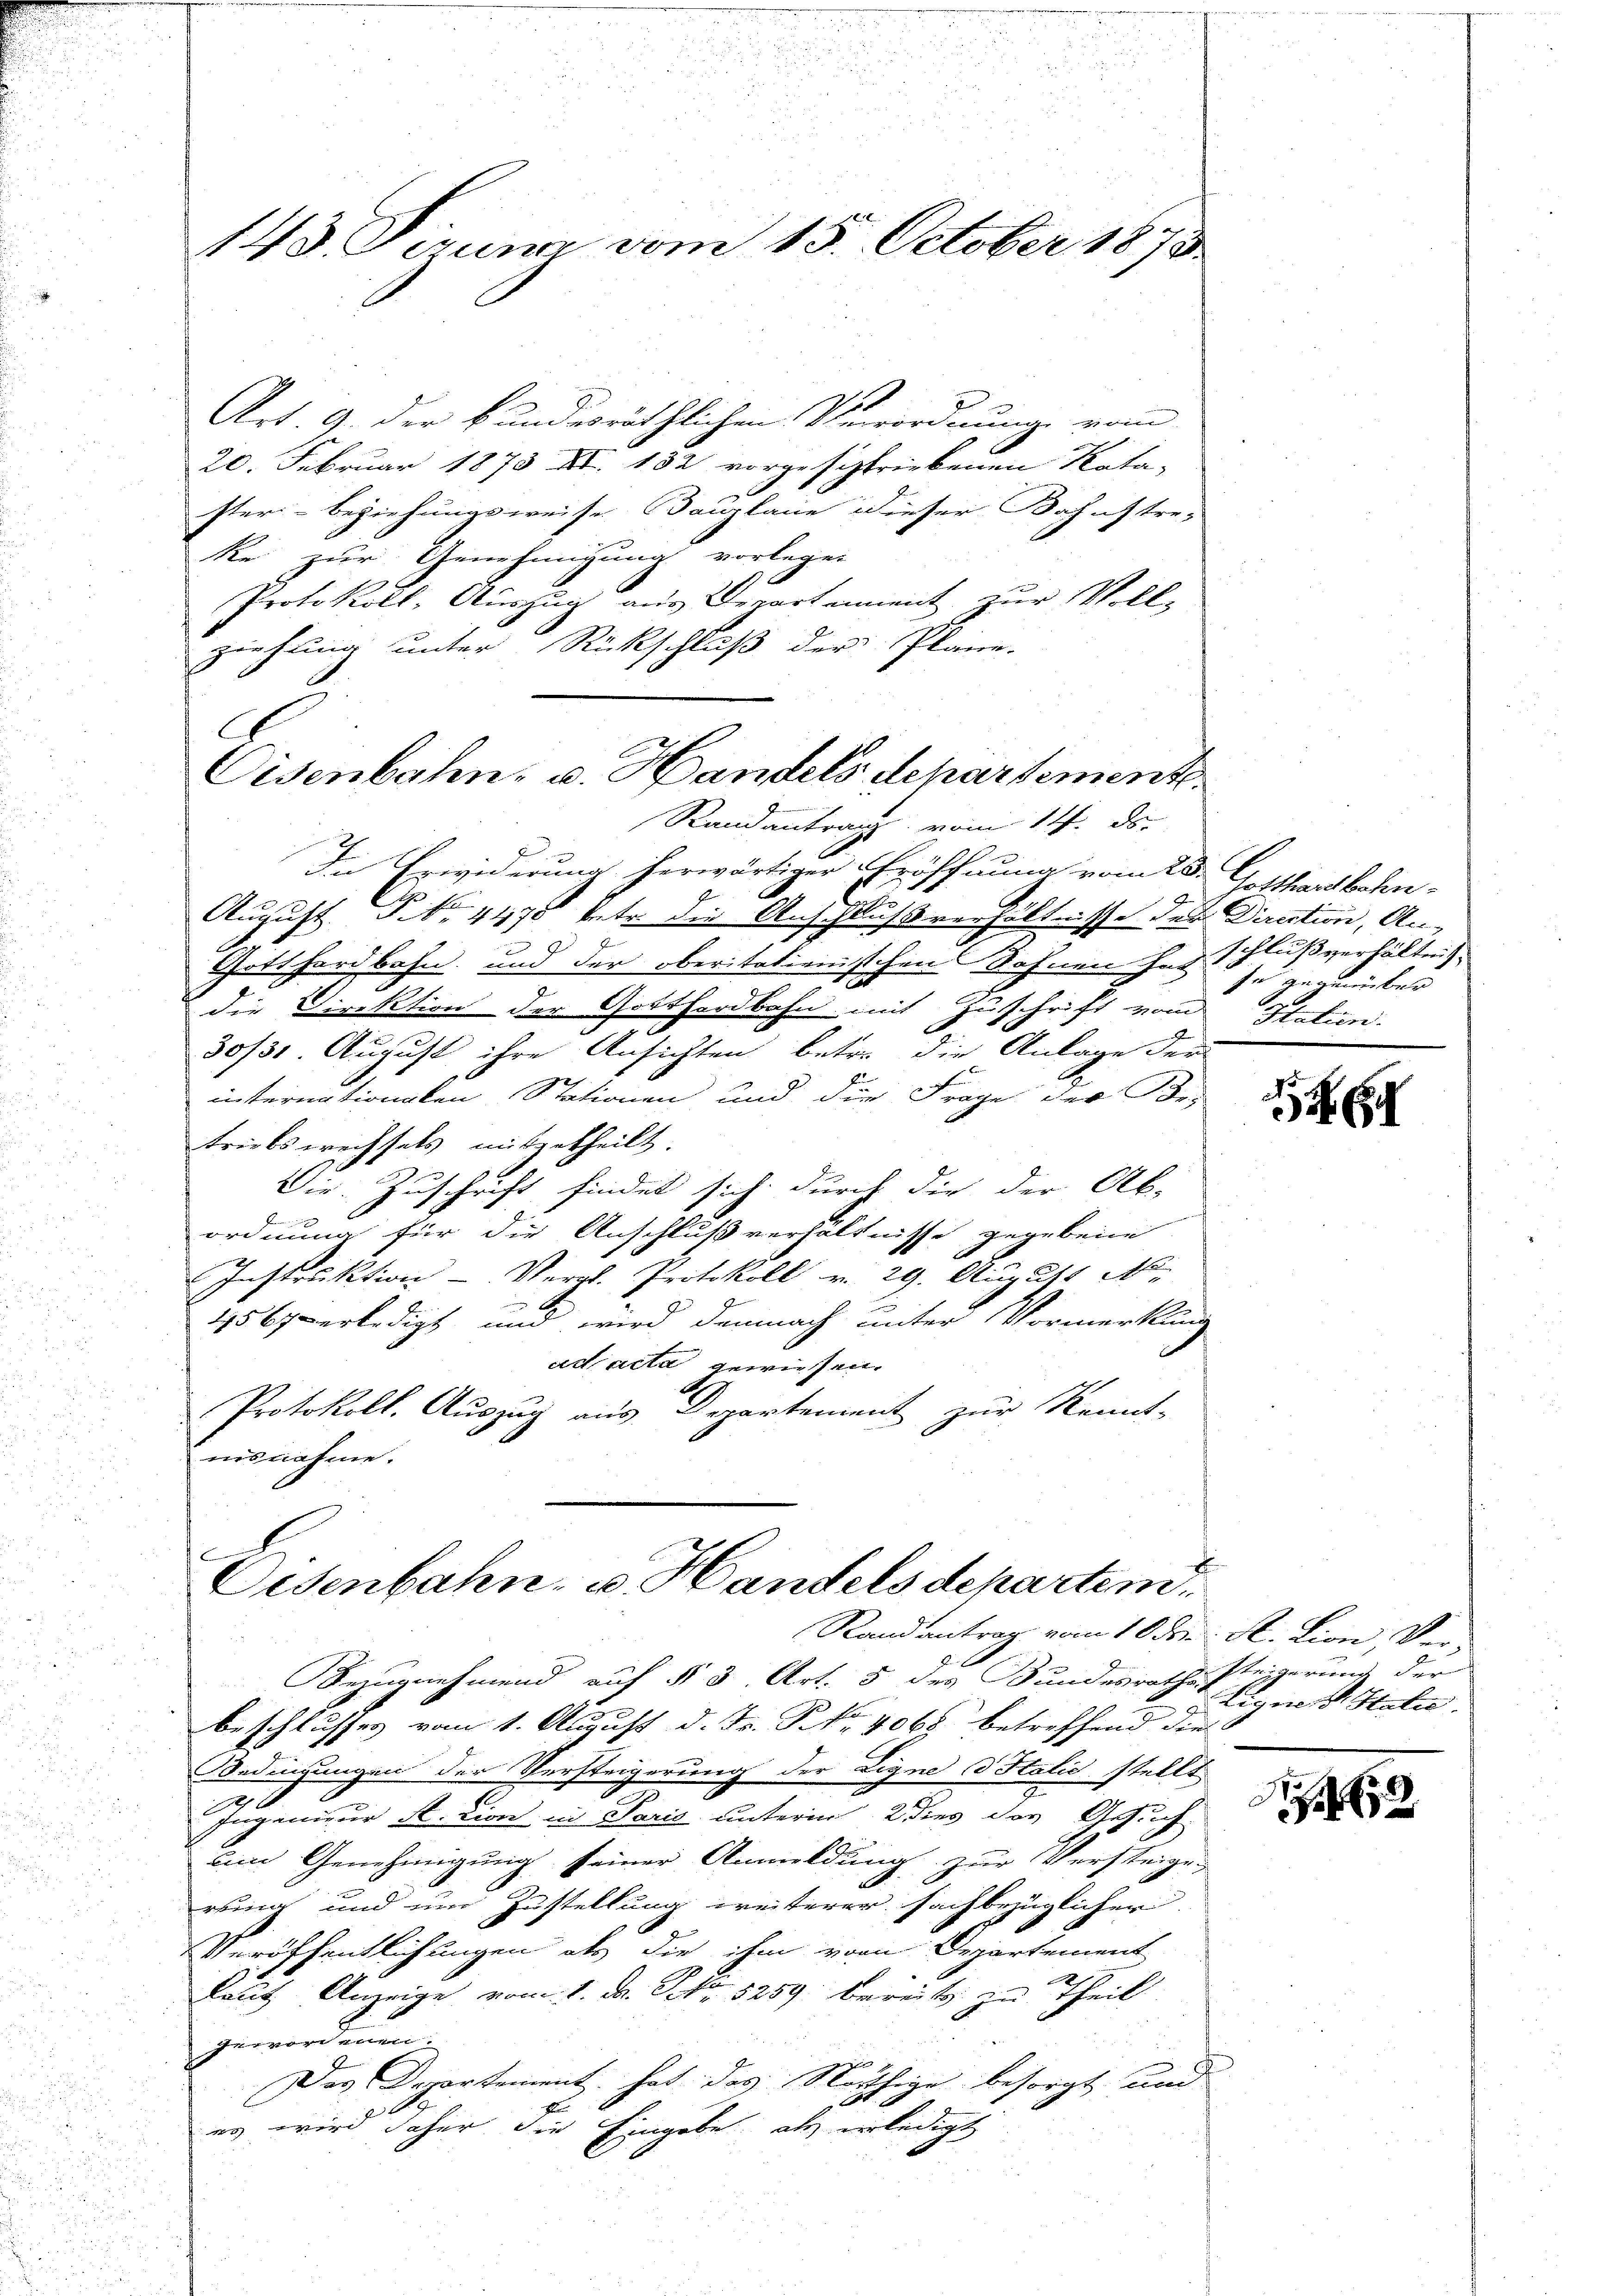
143. Sirum vom 15. October 1873.

Art. 9. der bundesräthlichen Verordnung vom
20. Februar 1873 Nr. 182 vorgeschriebenen Kata-
ster- beziehungsweise Bauplane dieser Bahnstre-
ke zur Genehmigung vorlegen
Protokoll- Auszug aus Departement zur Voll-
ziehung unter Rückschluß der Plane.

Eisenbahn, u. Handels Schartemente.
Randantrag vom 14. ds

.
In Erwiderung herwärtiger Eröffnung vom 25. Josttransbahn-
August P. Nr. 4475 betr. die Anschlußverhältnisse der Direction, An
A
Gotthardbahn und der oberitationischen Sohnen hat se gegenüber
die Direktion der Gotthardbahn mit Zuschrift vom Statun
30/31. August ihre Ansichten betre die Anlage der
insternationalen Stationen und die Frage der Vor-
triebs wechsels mitgetheilt
Die Zuschrift findet sich durch die der Ab-
f
ordnung für die Anschlußverhältnisse gegebene
Instruktion - Vergl. Protokoll v. 29. August A
1567 erledigt und wird demnach unter Vormerkung
ad acta gewiesen.
Protokoll. Auszug aus Departement zur Kennt-
nisnahme.

e
Eisenbahn, u. Handels departem
Randantrag vom 10 der St. Lion, Ver¬
Bezugnehmend auf § 3 Art. 5 des Bundesrathe steigerung der
beschlusses vom 1. August d. Fr. P. Nr. 4068 betreffend die

Bedingungen der Versteigerung der Digne d Italić stellt
Jugenieur A. Lion in Paris unterm 2 dies des Gesuch
um Genehmigung seiner Anmeldung zur Versteige,
rung und um Zustellung weiterer sachbezüglicher
Veröffentlichungen als die ihm vom Departement
Laut Anzeige vom 1. M. No. 8259. bereits zu Theil
zer vor einen.
Der Departement hat das Nöthige besorgt und
es wird daher die Eingabe, als erledigt

schlußverhältnis

Eignes Steln.

3
62